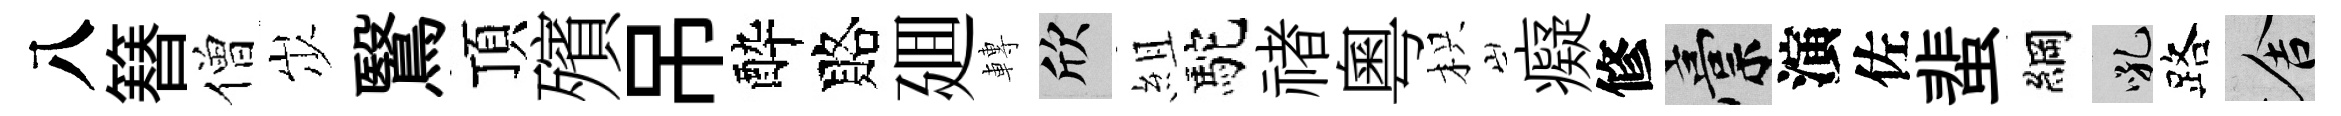
八簮僧𡵯鷖頂殯吊酔賂廽轉欣組駝禇粵枳癡修稿演佐蜚綱吼路舍